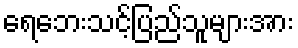
ရေဘေးသင့်ပြည်သူများအား